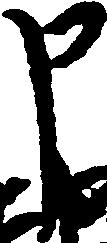
申